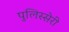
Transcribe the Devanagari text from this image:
पुलिस्सेरी